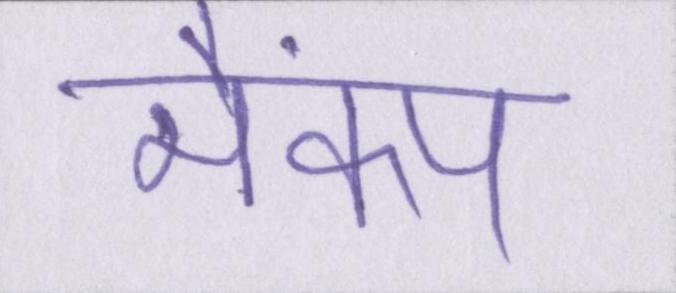
भैकंप